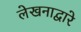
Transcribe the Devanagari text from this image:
लेखनाद्वारे